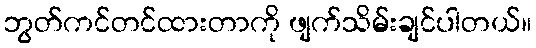
ဘွတ်ကင်တင်ထားတာကို ဖျက်သိမ်းချင်ပါတယ်။